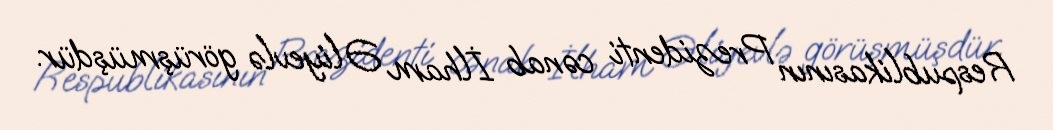
Respublikasının Prezidenti cənab İlham Əliyevlə görüşmüşdür.